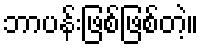
ဘာပန်းဖြစ်ဖြစ်တဲ့။